Vaccine operations Central Provinces 1900-1911 - 1900-1911
Year: 1900
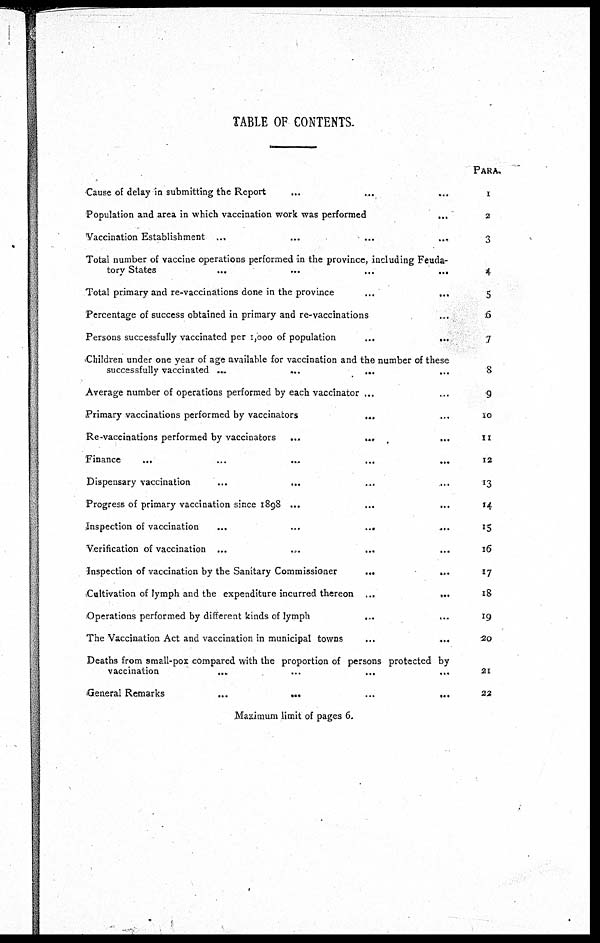
TABLE OF CONTENTS.
Cause of delay in submitting the Report ... ... ...
Population and area in which vaccination work was performed...
Vaccination
Establishment...
...
...
...
Total number of vaccine operations performed in the province, including Feuda-
tory
States...
...
...
...
Total primary and re-vaccinations done in the
province...
...
Percentage of success obtained in primary and re-vaccinations...
Persons successfully vaccinated per 1,000 of
population...
...
Children under one year of age available for vaccination and the number of these
successfully
vaccinated...
...
...
Average number of operations performed by each vaccinator...
Primary vaccinations performed by
vaccinators...
Re-vaccinations performed by
vaccinators...
...
...
Finance...
...
...
...
...
Dispensary vaccination... ... ...
Progress of primary vaccination since
1898...
...
...
Inspection of vaccination...
...
...
...
Verification of vaccination ...
Inspection of vaccination by the Sanitary
Commissioner...
...
Cultivation of lymph and the expenditure incurred thereon ...
...
Operations performed by different kinds of lymph...
...
The Vaccination Act and vaccination in municipal towns...
...
Deaths from small-pox compared with the proportion of persons protected by
vaccination... ... ... ...
General
Remarks...
...
...
...
PARA
1
2
3
4
5
6
7
8
9
10
11
12
13
14
15
16
17
18
19
20
21
22
Maximum limit of pages 6.